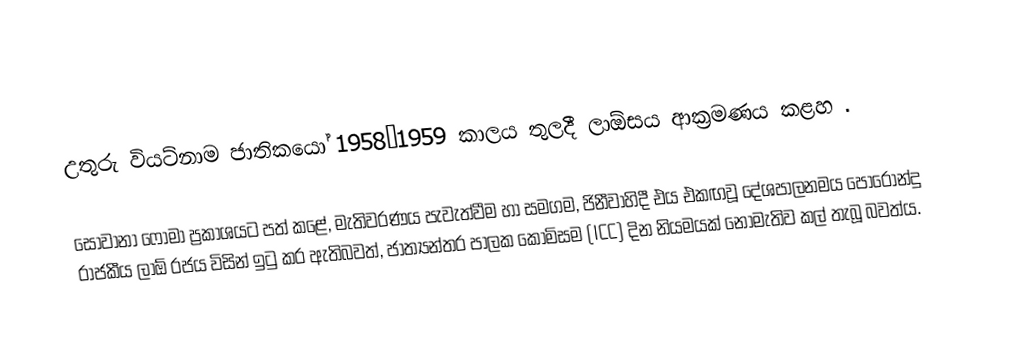
උතුරු වියට්නාම  ජාතිකයෝ 1958–1959 කාලය තුලදී ලාඕසය ආක්‍රමණය කළහ .

සොවානා ෆෝමා ප්‍රකාශයට පත් කළේ, මැතිවරණය පැවැත්වීම හා සමගම,  ජිනීවාහිදී එය එකඟවූ දේශපාලනමය පොරොන්දු රාජකීය ලාඕ රජය  විසින් ඉටු කර ඇතිබවත්, ජාත්‍යන්තර පාලක කොමිසම (ICC) දින නියමයක් නොමැතිව කල් තැබූ බවත්ය.